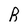
Character: R